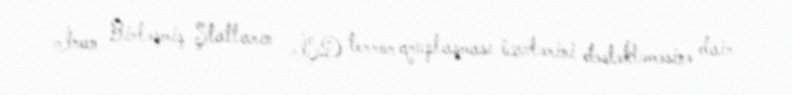
İran Birləşmiş Ştatların İŞD terror qruplaşması üzvlərini dəstəkləməsinə dair